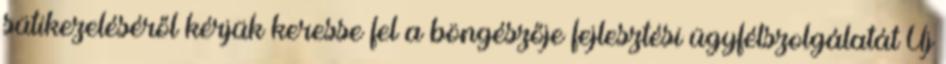
sütikezeléséről kérjük keresse fel a böngészője fejlesztési ügyfélszolgálatát Új